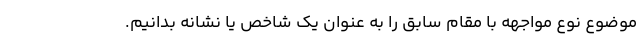
موضوع نوع مواجهه با مقام سابق را به عنوان یک شاخص یا نشانه بدانیم.